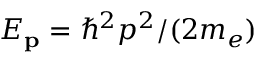
E _ { \mathbf { p } } = \hbar ^ { 2 } p ^ { 2 } / ( 2 m _ { e } )